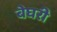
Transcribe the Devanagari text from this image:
बेघरी